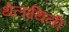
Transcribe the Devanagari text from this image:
थेलाथिनी